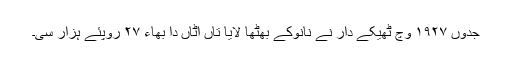
جدوں ١٩٢٧ وچ ٹھیکے دار نے نانوکے بھٹھا لایا تاں اٹاں دا بھاء ٢٧ روپئے ہزار سی۔